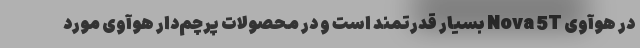
در هوآوی Nova 5T بسیار قدرتمند است و در محصولات پرچم‌دار هوآوی مورد